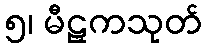
၅၊ မီဠှကသုတ်